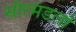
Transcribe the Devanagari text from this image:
सौरमंडलों